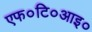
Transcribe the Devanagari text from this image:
एफ०टि०आइ०